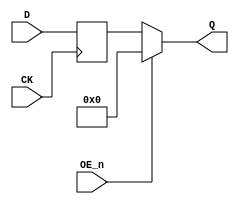
// 74LS374
// Octal Transparent EDGE-TRIGGERED FLIP-FLOPS with 3-state outputs
// Documentation: https://www.ti.com/lit/ds/symlink/sn54ls373-sp.pdf

module TTL_74374 (
    input wire [7:0] D,   // Data inputs
    input wire CK,        // Clock input (Latching on rising edge of CK)
    input wire OE_n,      // Output Enable (active low)
    output wire [7:0] Q   // Outputs
);
    reg [7:0] Q_reg;  // Internal register
   
    // Latch operation on rising edge of CK
    always @(posedge CK) begin
        Q_reg <= D;  // Latch data on rising edge of CK
    end

    // Output control
    // When OC_n is low (active), outputs reflect the latched data
    // When OC_n is high, outputs are in high-impedance state
    assign Q = OE_n ? 8'b0 : Q_reg;
    

endmodule